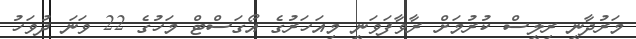
މަރުދާނީ ރިލީސް ކުރުމަށް ރާވާފަވަނީ މިއަހަރުގެ އޯގަސްޓް މަހުގެ 22 ވަނަ ދުވަހު